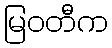
မြဝတီက